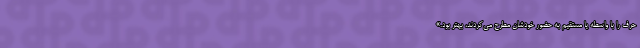
حرف را با واسطه یا مستقیم به حضور خودشان مطرح می‌کردند، بهتر بود.»